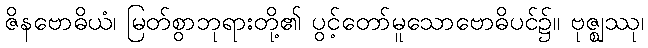
ဇိနဗောဓိယံ၊ မြတ်စွာဘုရားတို့၏ ပွင့်တော်မူသောဗောဓိပင်၌။ ဗုဇ္ဈဿု၊